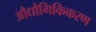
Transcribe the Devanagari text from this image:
औद्यौगिकिकरण